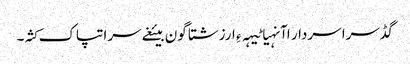
گڈسرا سردار اآنہیا ٹیہہ ءِ ارزشتا گون بیئغے سرا تپاک کثہ۔